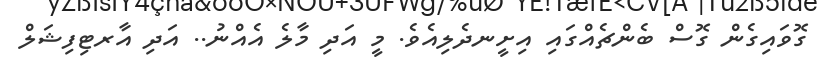
ގޮވައިގެން ގޮސް ބެންޗެއްގައި އިށީނދެލިއެވެ. މީ އަދި މާލެ އެއްނު.. އަދި އާރޓިފިޝަލް